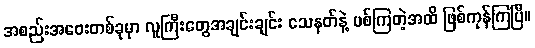
အစည်းအဝေးတစ်ခုမှာ လူကြီးတွေအချင်းချင်း သေနတ်နဲ့ ပစ်ကြတဲ့အထိ ဖြစ်ကုန်ကြပြီ။